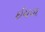
ઈયળ